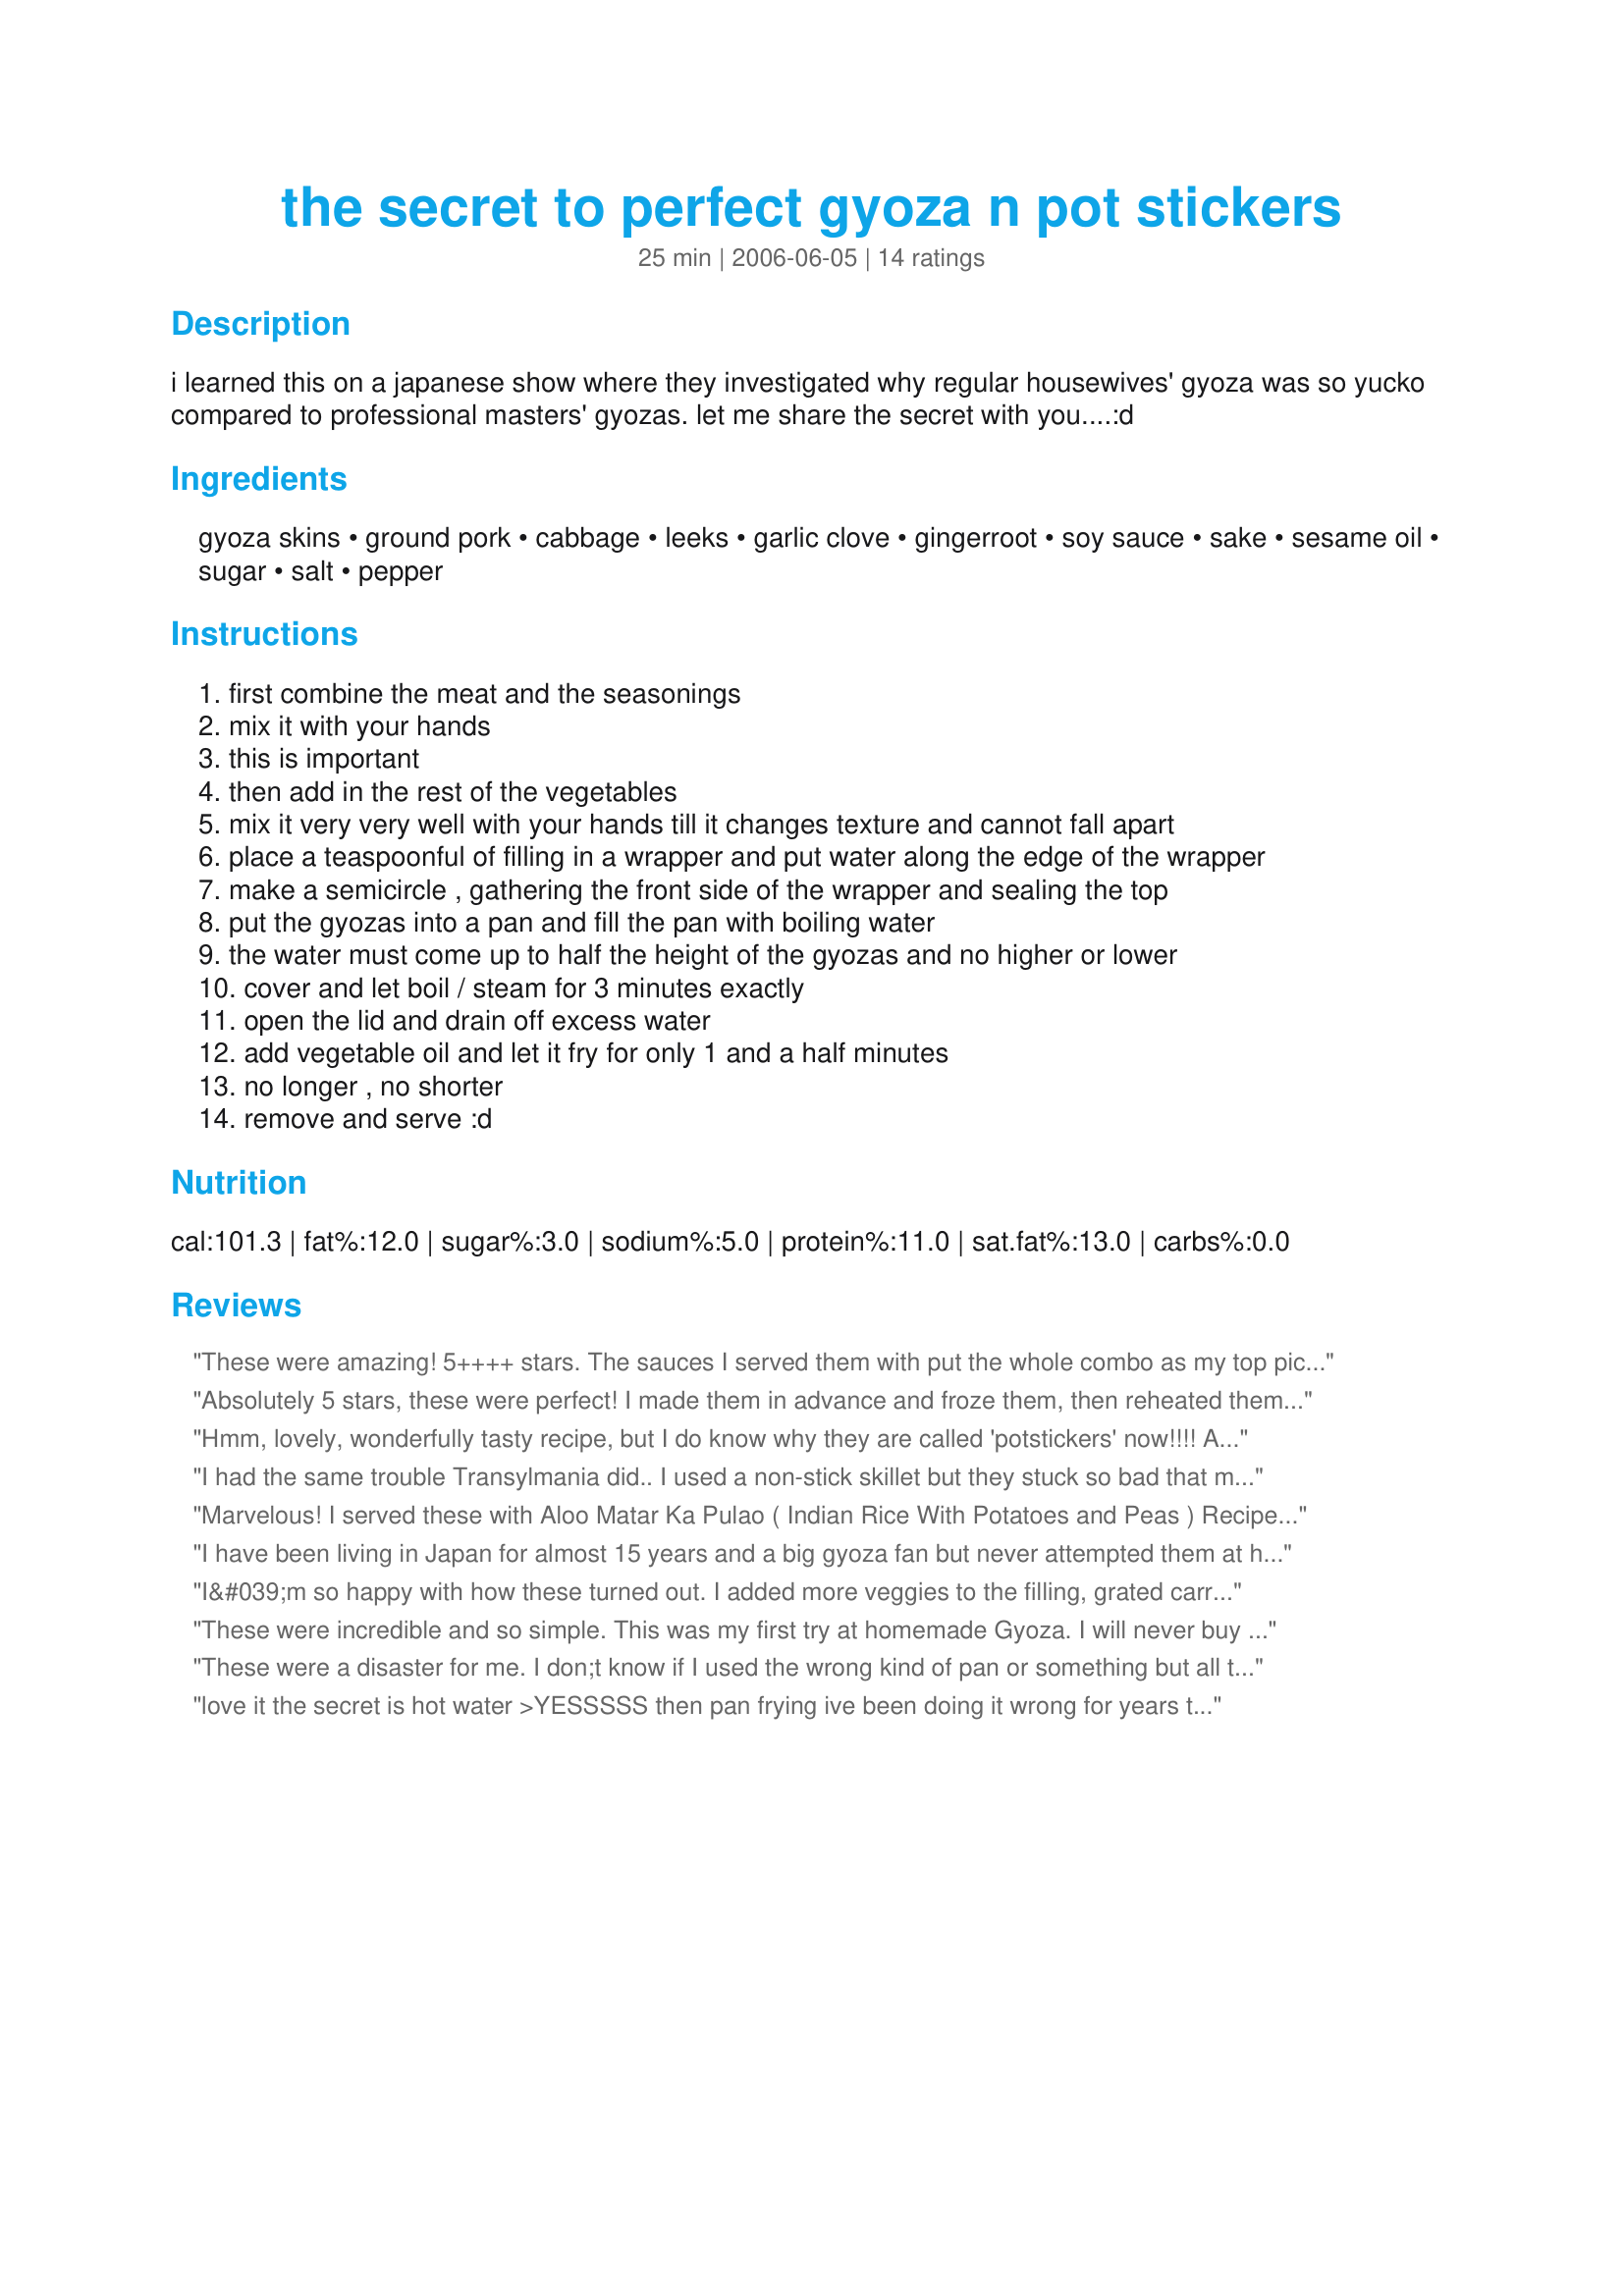
the secret to perfect gyoza n pot stickers
Preparation time: 25 minutes

i learned this on a japanese show where they investigated why regular housewives' gyoza was so yucko compared to professional masters' gyozas. let me share the secret with you....:d

Ingredients:
gyoza skins, ground pork, cabbage, leeks, garlic clove, gingerroot, soy sauce, sake, sesame oil, sugar, salt, pepper

Steps:
first combine the meat and the seasonings
mix it with your hands
this is important
then add in the rest of the vegetables
mix it very very well with your hands till it changes texture and cannot fall apart
place a teaspoonful of filling in a wrapper and put water along the edge of the wrapper
make a semicircle , gathering the front side of the wrapper and sealing the top
put the gyozas into a pan and fill the pan with boiling water
the water must come up to half the height of the gyozas and no higher or lower
cover and let boil / steam for 3 minutes exactly
open the lid and drain off excess water
add vegetable oil and let it fry for only 1 and a half minutes
no longer , no shorter
remove and serve :d

Reviews:
These were amazing! 5++++ stars. The sauces I served them with put the whole combo as my top pick for ZWT II. Firecracker Sauce #168473 and Easy Plum sauce #172468. Here's why I loved these so much...of course they tasted fabulous, in addtition, I loved that I learned a new technique which the recipe provides. I loved that my DH and I made them together, what man (or child) doesn't love to "wrap" up food. They were fun to make! I loved that I could grind my own pork in my cuisinart, so the dish was not expensive. Being a fairly novice cook, here is a tip for other beginners. The only challenge I had was the gyoza sticking to my pan...luckily I made 2 batches and could experiment. I put the first batch of the gyoza uncooked into a dry pan and then added water per instructions...after draining the water, here's the "must" do...gently unstick the gyoza from the pan, add the oil and heat and then place the gyoza back in the pan. Didn't do that with the first batch, just added oil without unsticking the gyoza and I desroyed the gyoza because they stuck to the pan, the oil never really got under them. My next batch turned out perfect! Thanks so muh tunasushi, these are now a family favorite!!


Absolutely 5 stars, these were perfect! I made them in advance and froze them, then reheated them in the oven, DH likes them better like that! (Crispy!) I did fry them longer than a minute, I didn't know if that meant both sides? And I needed a nonstick pan and sometimes they stuck after the steaming, I cooked them in batches and did all the steaming first. I used 500g mince and made about 60 for my Japanese style cocktail party. Thanks!
Hmm, lovely, wonderfully tasty recipe, but I do know why they are called 'potstickers' now!!!! As soon as I drained the water and put the dumplings back on the heat, they glued themselves to the bottom of my regular skillet. I don't own nonstick cookware, so that isn't an option. Perhaps if I dump the gyoza into a colander, add oil to the pan to coat, and then drop in the dumplings again?

In any case, I'll have a chance to try something again. I doubled the recipe, made and cooked about 20, and then I made the rest and frozen them. So... now I have to figure out how to get from frozen to cooked.

Oh, and simple sauce to accompany the gyoza: 2 parts soy sauce to one part rice vingear with sesame oil or hot chili oil to taste.
I had the same trouble Transylmania did.. I used a non-stick skillet but they stuck so bad that many of them ripped open making a huge mess :-( HOWEVER they tasted great :-) and they ARE called Pot Stickers for a reason I assume *laugh*. I served them with a rice vinegar/soy dipping sauce! Yumm!!
Marvelous! I served these with Aloo Matar Ka Pulao ( Indian Rice With Potatoes and Peas ) Recipe #172775. I took major care in wrapping these beauties. Let me just say these are worth the effort. I love the flavor the sake adds to the mix, as silly as it sounds, I would've never thought to add it to the mix. Great eats, <b>tunasushi</b>!! I will make these again and again!
I have been living in Japan for almost 15 years and a big gyoza fan but never attempted them at home. I made them tonight and they turned out perfectly. Moreover, my wife (who is Japanese) couldn't believe the results, especially since it is traditional to fry gyoza first and steam afterward.

Non-stick pans seemed to be the right tool for the job. I agree with the critical timing for the steaming but fry the gyoza until it is the correct level of browning and crispiness.

Great recipe!
I&#039;m so happy with how these turned out. I added more veggies to the filling, grated carrot, minced jalapeno, chopped mushroom. Love the technique of mixing by hand. It made the filling so much easier to handle than other recipes I&#039;ve tried. I agree with others there was an issue of sticking, so I think its important to gently remove them from the pan after steaming, empty the water, add oil to the pan and then put the little stickers back in to finish cooking. I had forgotten how much work these are and regretted that I had begun making them about a 1/4 of the way in to assembling them. As soon as I took my first bite, I knew it was worth all that work. Thanks for posting the recipe. It&#039;ll be my &quot;go to&quot; post sticker recipe.
These were incredible and so simple. This was my first try at homemade Gyoza. I will never buy store made again!
These were a disaster for me. I don;t know if I used the wrong kind of pan or something but all they did was stick to the point where they weer unsalvageable. I was so excited when I saw this recipe because I have been dumplings for a few years now and wanted to perfect them. Guess I'll stay with my old recipe. Giv e more precise directions because these did nothing more than stick and burn for me.
love it 
the secret is hot water >YESSSSS
then pan frying
ive been doing it wrong for years 
thank you....
Freinds were inpressed.
Yes!! These ARE perfect!! I made these tonight exactly as written, and Tunasushi?? They are delicious!!
I served them with home made plum sauce for dipping and they were devoured.
Thanks for posting!
Came out far better than I expected. They did stick a little during the steaming stage but not enough to make too much of a difference. The end result was perfect, golden, and delicious :D
Lovely recipe and great instructions for perfect gyoza! I've made these a few times this week and they have worked perfectly every time. Make a whole lot and freeze what you don't use for an hour or so on a tray covered with cling wrap, then bag 'em up and freeze til you need a yummy snack! I served these with the dipping sauce from my zhong dumplings and also the gyoza dipping sauce from the Wagamama cookbook, which is the best 'soy-vinegar' sauce I've ever tasted! Thanks for your excellent recipe!
I just returned from a trip to Japan for my sons wedding. I made these for a party and they were better than we had in a Japanese restaurant. I made the sauces recommended, firecracker sauce and plum sauce. They were delicious, though not authentic to what we were served in Japan. Will make these again and again.
